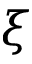
\xi